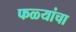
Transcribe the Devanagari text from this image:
फळ्यांचा